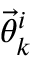
\ensuremath { \vec { \theta } } _ { k } ^ { i }